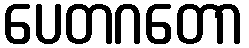
ပေတဂတော